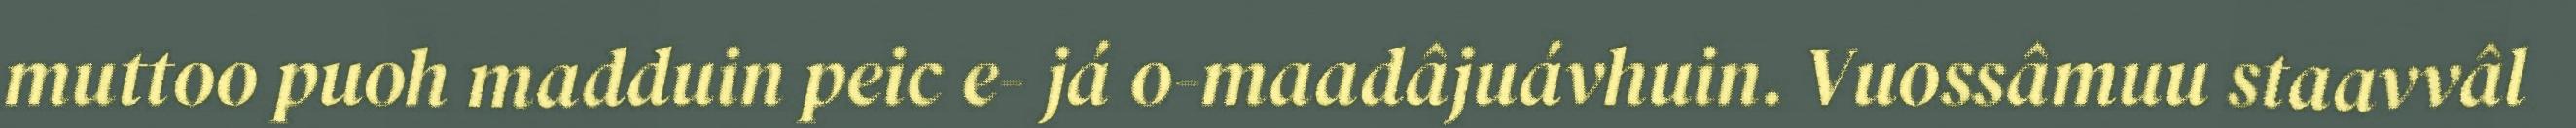
muttoo puoh madduin peic e- já o-maadâjuávhuin. Vuossâmuu staavvâl